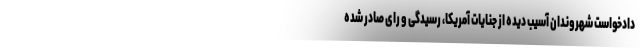
دادخواست شهروندان آسیب دیده از جنایات آمریکا، رسیدگی و رای صادر شده